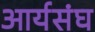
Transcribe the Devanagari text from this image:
आर्यसंघ